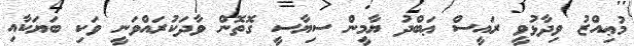
މުޢިއްޒު ވިދާޅުވީ ރައީސް ޢަބްދު ޔާމީން ސިޔާސީ ގޮތޮން ވާދަކުރައްވަނީ ވަކި ބަޔަކާއި